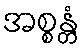
အစ္စန္တံ